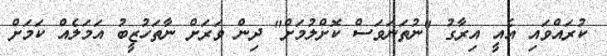
ކުރައްވައި އެއީ އިރާގު "ނުތަނަވަސް ކޮށްލުމަށް" ދިން ވަރަށް ނާތަހުޒީބު އަމަލެއް ކަމަށް